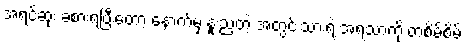
အရင်ဆုံး ခံစားရပြီးတော့ နောက်မှ နူးညံ့တဲ့ အတွင်းသားရဲ့ အရသာကို တစိမ့်စိမ့်